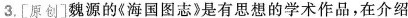
3.[原创]魏源的《海国图志》是有思想的学术作品，在介绍